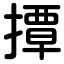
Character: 撢